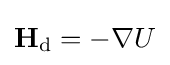
\mathbf {H} _{\text{d}}=-\nabla U